Sketch of the medical history of the native army of Bombay, for the year
Year: 1872
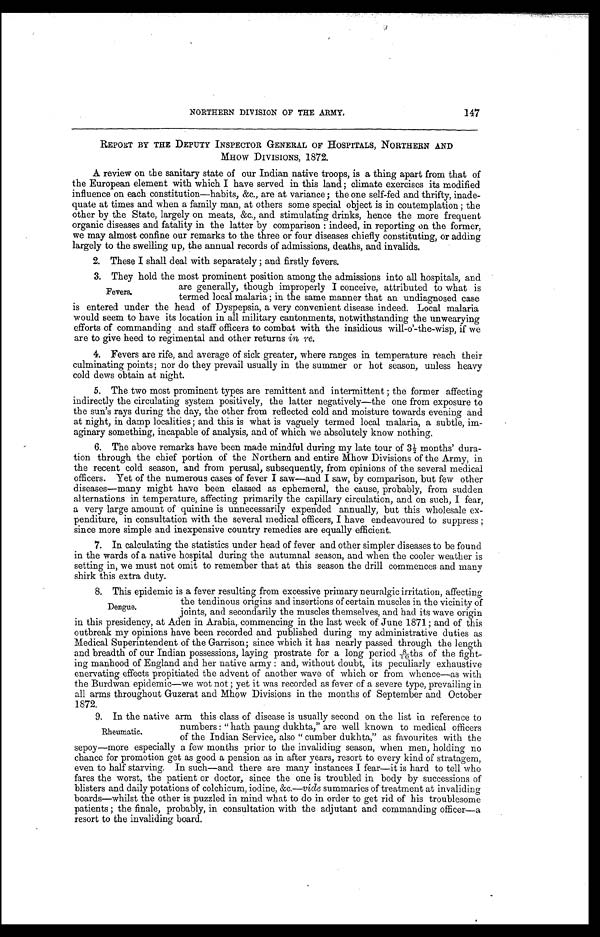
147
NORTHERN DIVISION OF THE ARMY.
REPORT BY THE DEPUTY INSPECTOR GENERAL OF HOSPITALS, NORTHERN AND
MHOW DIVISIONS, 1872.
A review on the sanitary state of our Indian native troops, is a thing apart from that of
the European element with which I have served in this land ; climate exercises its modified
influence on each constitution—habits, &c., are at variance ; the one self-fed and thrifty, inade-
quate at times and when a family man, at others some special object is in contemplation ; the
other by the State, largely on meats, &c., and stimulating drinks, hence the more frequent
organic diseases and fatality in the latter by comparison : indeed, in reporting on the former,
we may almost confine our remarks to the three or four diseases chiefly constituting, or adding
largely to the swelling up, the annual records of admissions, deaths, and invalids.
2. These I shall deal with separately ; and firstly fevers.
3. They hold the most prominent position among the admissions into all hospitals, and
are generally, though improperly I conceive, attributed to what is
termed local malaria ; in the same manner that an undiagnosed case
is entered under the head of Dyspepsia, a very convenient disease indeed. Local malaria
would seem to have its location in all military cantonments, notwithstanding the unwearying
efforts of commanding and staff officers to combat with the insidious will-o'-the-wisp, if we
are to give heed to regimental and other returns in re.
4. Fevers are rife, and average of sick greater, where ranges in temperature reach their
culminating points ; nor do they prevail usually in the summer or hot season, unless heavy
cold dews obtain at night.
5. The two most prominent types are remittent and intermittent ; the former affecting
indirectly the circulating system positively, the latter negatively—the one from exposure to
the sun's rays during the day, the other from reflected cold and moisture towards evening and
at night, in damp localities ; and this is what is vaguely termed local malaria, a subtle, im-
aginary something, incapable of analysis, and of which we absolutely know nothing.
6. The above remarks have been made mindful during my late tour of 3 1/2 months' dura-
tion through the chief portion of the Northern and entire Mhow Divisions of the Army, in
the recent cold season, and from perusal, subsequently, from opinions of the several medical
officers. Yet of the numerous cases of fever I saw—and I saw, by comparison, but few other
diseases—many might have been classed as ephemeral, the cause, probably, from sudden
alternations in temperature, affecting primarily the capillary circulation, and on such, I fear,
a very large amount of quinine is unnecessarily expended annually, but this wholesale ex-
penditure, in consultation with the several medical officers, I have endeavoured to suppress ;
since more simple and inexpensive country remedies are equally efficient.
7. In calculating the statistics under head of fever and other simpler diseases to be found
in the wards of a native hospital during the autumnal season, and when the cooler weather is
setting in, we must not omit to remember that at this season the drill commences and many
shirk this extra duty.
8. This epidemic is a fever resulting from excessive primary neuralgic irritation, affecting
the tendinous origins and insertions of certain muscles in the vicinity of
joints, and secondarily the muscles themselves, and had its wave origin
in this presidency, at Aden in Arabia, commencing in the last week of June 1871; and of this
outbreak my opinions have been recorded and published during my administrative duties as
Medical Superintendent of the Garrison ; since which it has nearly passed through the length
and breadth of our Indian possessions, laying prostrate for a long period 8/10ths of the fight-
ing manhood of England and her native army : and, without doubt, its peculiarly exhaustive
enervating effects propitiated the advent of another wave of which or from whence—as with
the Burdwan epidemic—we wot not ; yet it was recorded as fever of a severe type, prevailing in
all arms throughout Guzerat and Mhow Divisions in the months of September and October
1872.
9. In the native arm this class of disease is usually second on the list in reference to
Fevers.
Dengue.
Rheumatic.
numbers : " hath paung dukhta," are well known to medical officers
of the Indian Service, also " cumber dukhta," as favourites with the
sepoy—more especially a few months prior to the invaliding season, when men, holding no
chance for promotion get as good a pension as in after years, resort to every kind of stratagem,
even to half starving. In such—and there are many instances I fear—it is hard to tell who
fares the worst, the patient or doctor, since the one is troubled in body by successions of
blisters and daily potations of colchicum, iodine, &c.— vide summaries of treatment at invaliding
boards—whilst the other is puzzled in mind what to do in order to get rid of his troublesome
patients ; the finale, probably, in consultation with the adjutant and commanding officer—a
resort to the invaliding board.